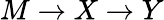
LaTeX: M\rightarrow X\rightarrow Y